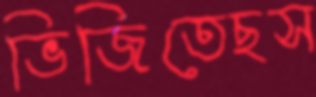
ভিজিতেছস